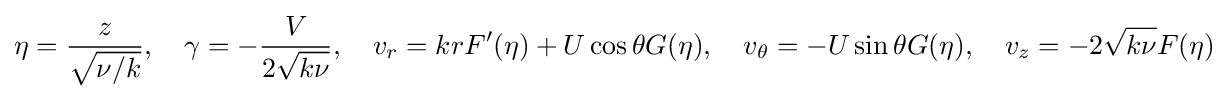
\eta ={\frac {z}{\sqrt {\nu /k}}},\quad \gamma =-{\frac {V}{2{\sqrt {k\nu }}}},\quad v_{r}=krF'(\eta )+U\cos \theta G(\eta ),\quad v_{\theta }=-U\sin \theta G(\eta ),\quad v_{z}=-2{\sqrt {k\nu }}F(\eta )